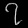
Digit: ၇